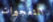
التفجيرات